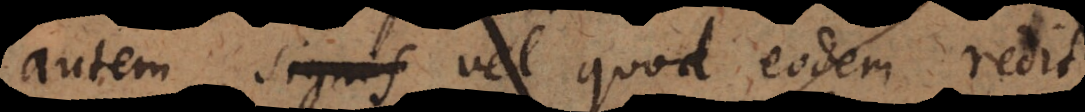
autem signis vel quod eodem redit,